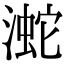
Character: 㵃